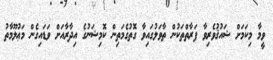
ވީމާ މިކަމަށް ޝައުޤުވެރިވާ ފަރާތްތަކުން ތާވަލުގައިވާ ގޮތުގެމަތިން ކޮމިޝަނުގެ އިދާރާއަށް ވަޑައިގެން މަޢުލޫމާތު